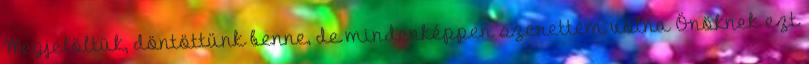
Megjelöltük, döntöttünk benne, de mindenképpen szerettem volna Önöknek ezt